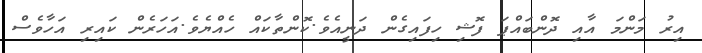
އިރު މަންމަ އާއި ދޮންބައްޕަ ފޮޝި ހިފައިގެން ދަނީއެވެ.ކޮންތާކައް ހެއްޔެވެ.އަހަރެން ކައިރި އަހާވެސް